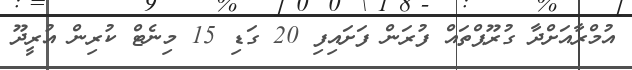
އުމްރާއަށްދާ ގުރޫޕްތައް ފުރަން ފަށައިފި 20 ގަޑި 15 މިނެޓް ކުރިން އުރީދޫ